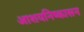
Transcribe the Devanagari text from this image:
आशयनिष्कासन